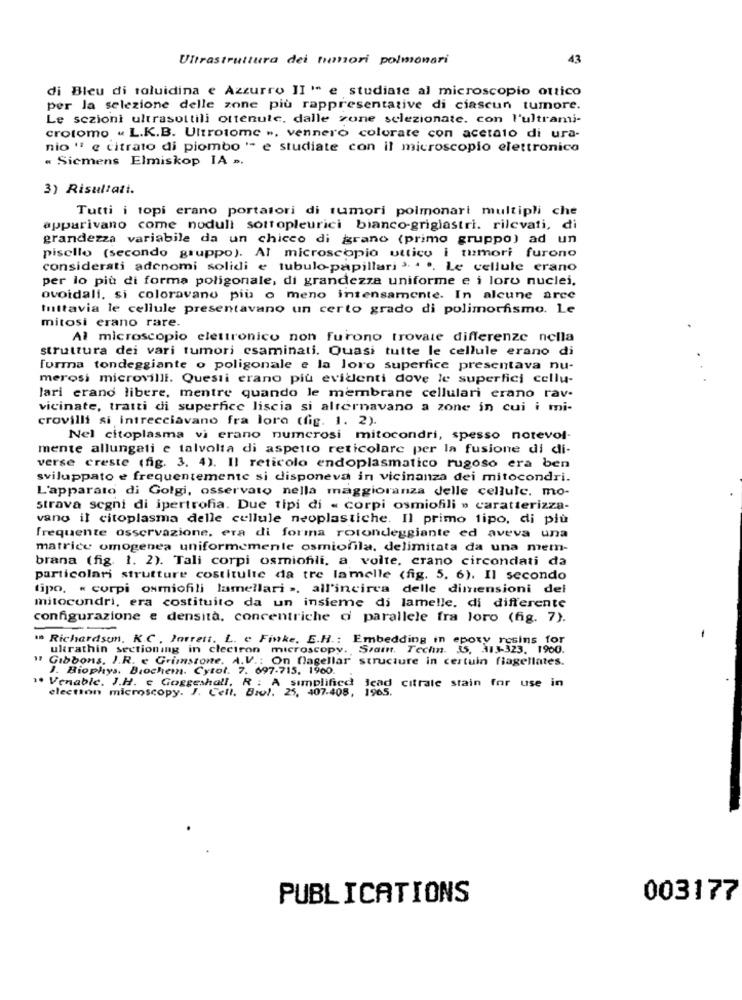
Ultrastruttura dei humori polmonari
43
di Bleu di toluidina e Azzurro II "* e studiasc al microscopio ottico
per la selezione delle zone più rappresentative di ciascun tumore.
Le sezioni ultrasottili ottenute, dalle zone selezionate, con l'ultrami-
crotomo « L.K.B. Ultrotome », vennero colorate con acetato di ura-
nio " e citrato di piombo " e studiate con il microscopio elettronico
« Siemens Elmiskop IA ».
3) Risultati.
Tutti i topi erano portatori di tumori polmonari multipli che
apparivano come noduli sottopleurici bianco-grigiastri. rilevati, di
grandezza variabile da un chicco di grano (primo gruppo) ad un
pisello (secondo gruppo). Al microscopio uttico i tumori furono
considerati adenomi solidi e tubulo-papillari 3. . .. Le cellule erano
per lo più di forma poligonale, di grandezza uniforme e i loro nuclei.
ovoidali, si coloravano più o meno intensamente. In alcune arce
tuttavia le cellule presentavano un certo grado di polimorfismo. Le
mitosi erano rare.
Al microscopio elettronico non furono trovate differenze nella
struttura dei vari tumori esaminati. Quasi tutte le cellule erano di
forma tondeggiante o poligonale e la loro superfice presentava nu-
merosi microvilli. Questi erano più evidenti dove le superfici cellu-
lari erano libere, mentre quando le membrane cellulari crano rav-
vicinate, tratti di superfice liscia si alternavano a zone in cui i mi-
crovilli si intrecciavano fra loro (fig. 1. 2).
Nel citoplasma vi erano numerosi mitocondri, spesso notevol-
mente allungati e talvolta di aspetto reticolare per la fusione di di-
verse creste (fig. 3. 4). Il reticolo endoplasmatico rugoso era ben
sviluppato e frequentemente si disponeva in vicinanza dei mitocondri.
L'apparato di Golgi, osservato nella maggioranza delle cellule. mo-
strava segni di ipertrofia. Due tipi di « corpi osmiofili » caratterizza-
vano il citoplasma delle cellule neoplastiche. Il primo tipo, di più
frequente osservazione, era di forma rotondeggiante ed aveva una
matrice omogenea uniformemente osmiofila, delimitata da una mem-
brana (fig. 1. 2). Tali corpi osmiofili, a volte, crano circondati da
particolari strutture costitulic da tre lamelle (fig. 5. 6). Il secondo
tipo. « corpi osmiofili lamellari », all'incirca delle dimensioni del
mitocondri, era costituito da un insieme di lamelle. di differente
configurazione e densità, concentriche d parallele fra loro (fig. 7).
' Richardson. K.C . Parrett. L. e Finke. E.H .: Embedding in epoxy resins for
-
ultrathin sectioning in clectron microscopy. Saint. Techn. 35, 33-323. 1900.
" Gibbons. I.R. e Grimstone. A.V .: On fagellar structure in certuin flagellates.
1. Biophys. Biochem. Cytol. 7. 697-715. 1900.
Venable. J.H. c Goggeshall, R : A simplified icad citrate stain for use in
electron microscopy. J. Cell. Biol. 25, 407.408, 1965.
PUBLICATIONS
003177